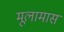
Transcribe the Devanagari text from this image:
मूलामास